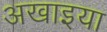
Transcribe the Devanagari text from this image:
अखाइया